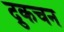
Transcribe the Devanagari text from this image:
द्रुकचन